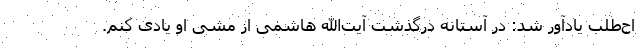
اح‌طلب یادآور شد: در آستانه درگذشت آیت‌الله هاشمی از مشی او یادی کنم.